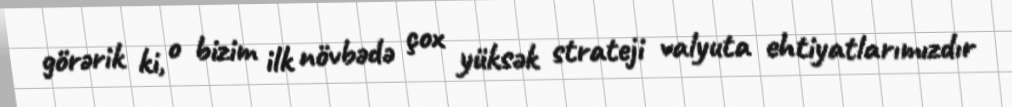
görərik ki, o bizim ilk növbədə çox yüksək strateji valyuta ehtiyatlarımızdır